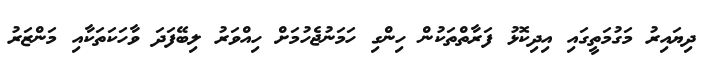
ދިޔައިރު މަގުމަތީގައި އިދިކޮޅު ފަރާތްތަކުން ހިންގި ހަމަނުޖެހުމަށް ހިއްވަރު ލިބޭފަދަ ވާހަކަތަކާއި މަންޒަރު